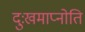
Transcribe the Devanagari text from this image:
दुःखमाप्नोति